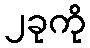
၂ခုကို